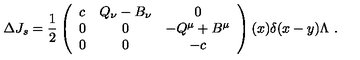
\Delta J _ { s } = \frac { 1 } { 2 } \left( \begin{array} { c c c } { c } & { Q _ { \nu } - B _ { \nu } } & { 0 } \\ { 0 } & { 0 } & { - Q ^ { \mu } + B ^ { \mu } } \\ { 0 } & { 0 } & { - c } \\ \end{array} \right) ( x ) \delta ( x - y ) \Lambda \ .